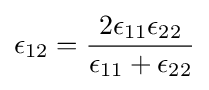
\epsilon _{12}={\frac {2\epsilon _{11}\epsilon _{22}}{\epsilon _{11}+\epsilon _{22}}}